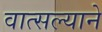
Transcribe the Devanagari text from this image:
वात्सल्याने